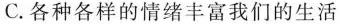
C.各种各样的情绪丰富我们的生活